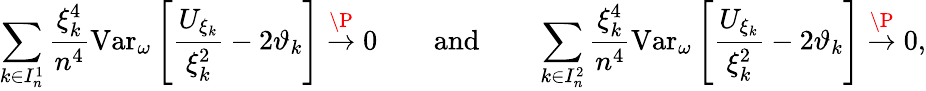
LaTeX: \sum_{k\in{I_{n}^{1}}}\frac{\xi_{k}^{4}}{n^{4}}\mathrm{Var}_{\omega}\left[\frac{U_{\xi_{k}}}{\xi_{k}^{2}}-2\vartheta_{k}\right]\overset{\P}{\to}0\qquad\mathrm{and}\qquad\sum_{{k\in I_{n}^{2}}}\frac{\xi_{k}^{4}}{n^{4}}\mathrm{Var}_{\omega}\left[\frac{U_{\xi_{k}}}{\xi_{k}^{2}}-2\vartheta_{k}\right]\overset{\P}{\to}0,